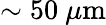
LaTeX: \sim 50\ \mu\mathrm{{m}}